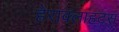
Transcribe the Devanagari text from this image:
हेराक्लाहटस